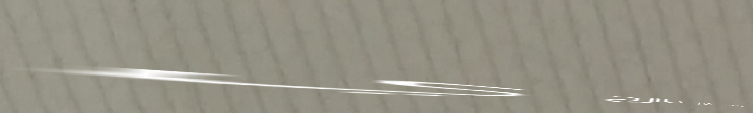
مخبز الفرشات   خبز طازج ي